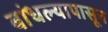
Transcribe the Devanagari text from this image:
बांधल्यापासून